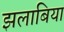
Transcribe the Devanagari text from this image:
झलाबिया